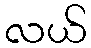
လယ်